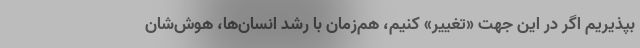
بپذیریم اگر در این جهت «تغییر» کنیم، هم‌زمان با رشد انسان‌ها، هوش‌شان